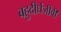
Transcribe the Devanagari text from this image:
बहुदीर्घजीवी